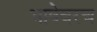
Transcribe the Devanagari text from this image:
भाषेवरच